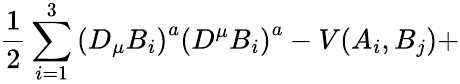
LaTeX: \frac{1}{2}\sum_{i=1}^{3}\left(D_{\mu}B_{i}\right)^{a}\left(D^{\mu}B_{i}\right)^{a}-V(A_{i},B_{j})+